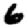
Digit: 6